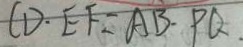
C D \cdot E F = A B \cdot P Q